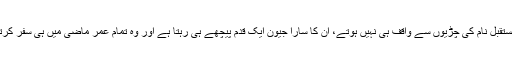
کچھ لوگ تو حال مستقبل نام کی چڑیوں سے واقف ہی نہیں ہوتے، ان کا سارا جیون ایک قدم پیچھے ہی رہتا ہے اور وہ تمام عمر ماضی میں ہی سفر کرتے گزار دیتے ہیں۔